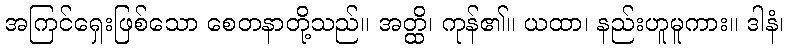
အကြင်ရှေးဖြစ်သော စေတနာတို့သည်။ အတ္ထိ၊ ကုန်၏။ ယထာ၊ နည်းဟူမူကား။ ဒါနံ၊